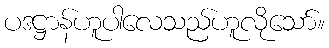
ပဒဋ္ဌာန်ဟူပါလေသည်ဟူလိုသော်။